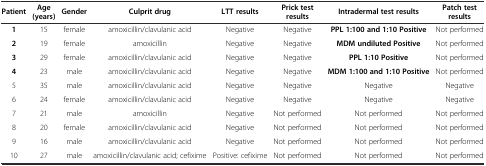
<table><thead><tr><td><b>Patient</b></td><td><b>Age (years)</b></td><td><b>Gender</b></td><td><b>Culprit drug</b></td><td><b>LTT results</b></td><td><b>Prick test results</b></td><td><b>Intradermal test results</b></td><td><b>Patch test results</b></td></tr></thead><tbody><tr><td><b>1</b></td><td>15</td><td>female</td><td>amoxicillin/clavulanic acid</td><td>Negative</td><td>Negative</td><td><b>PPL 1:100 and 1:10 Positive</b></td><td>Not performed</td></tr><tr><td><b>2</b></td><td>19</td><td>female</td><td>amoxicillin</td><td>Negative</td><td>Negative</td><td><b>MDM undiluted Positive</b></td><td>Not performed</td></tr><tr><td><b>3</b></td><td>29</td><td>female</td><td>amoxicillin/clavulanic acid</td><td>Negative</td><td>Negative</td><td><b>PPL 1:10 Positive</b></td><td>Not performed</td></tr><tr><td><b>4</b></td><td>23</td><td>male</td><td>amoxicillin/clavulanic acid</td><td>Negative</td><td>Negative</td><td><b>MDM 1:100 and 1:10 Positive</b></td><td>Not performed</td></tr><tr><td>5</td><td>35</td><td>male</td><td>amoxicillin/clavulanic acid</td><td>Negative</td><td>Negative</td><td>Negative</td><td>Negative</td></tr><tr><td>6</td><td>24</td><td>female</td><td>amoxicillin/clavulanic acid</td><td>Negative</td><td>Negative</td><td>Negative</td><td>Negative</td></tr><tr><td>7</td><td>21</td><td>male</td><td>amoxicillin</td><td>Negative</td><td>Not performed</td><td>Not performed</td><td>Not performed</td></tr><tr><td>8</td><td>20</td><td>female</td><td>amoxicillin/clavulanic acid</td><td>Negative</td><td>Not performed</td><td>Not performed</td><td>Not performed</td></tr><tr><td>9</td><td>16</td><td>male</td><td>amoxicillin/clavulanic acid</td><td>Negative</td><td>Not performed</td><td>Not performed</td><td>Not performed</td></tr><tr><td>10</td><td>27</td><td>male</td><td>amoxicillin/clavulanic acid; cefixime</td><td>Positive: cefixime</td><td>Not performed</td><td>Not performed</td><td>Not performed</td></tr></tbody></table>